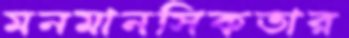
মনমানসিকতার